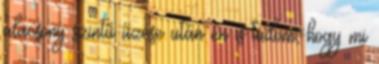
alacsony szintű űzése után én is tudom, hogy mi